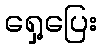
ရှေ့ပြေး